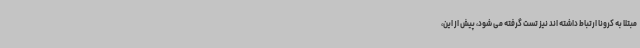
مبتلا به کرونا ارتباط داشته اند نیز تست گرفته می شود، پیش از این،